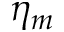
\eta _ { m }